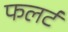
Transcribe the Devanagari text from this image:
फलर्ट